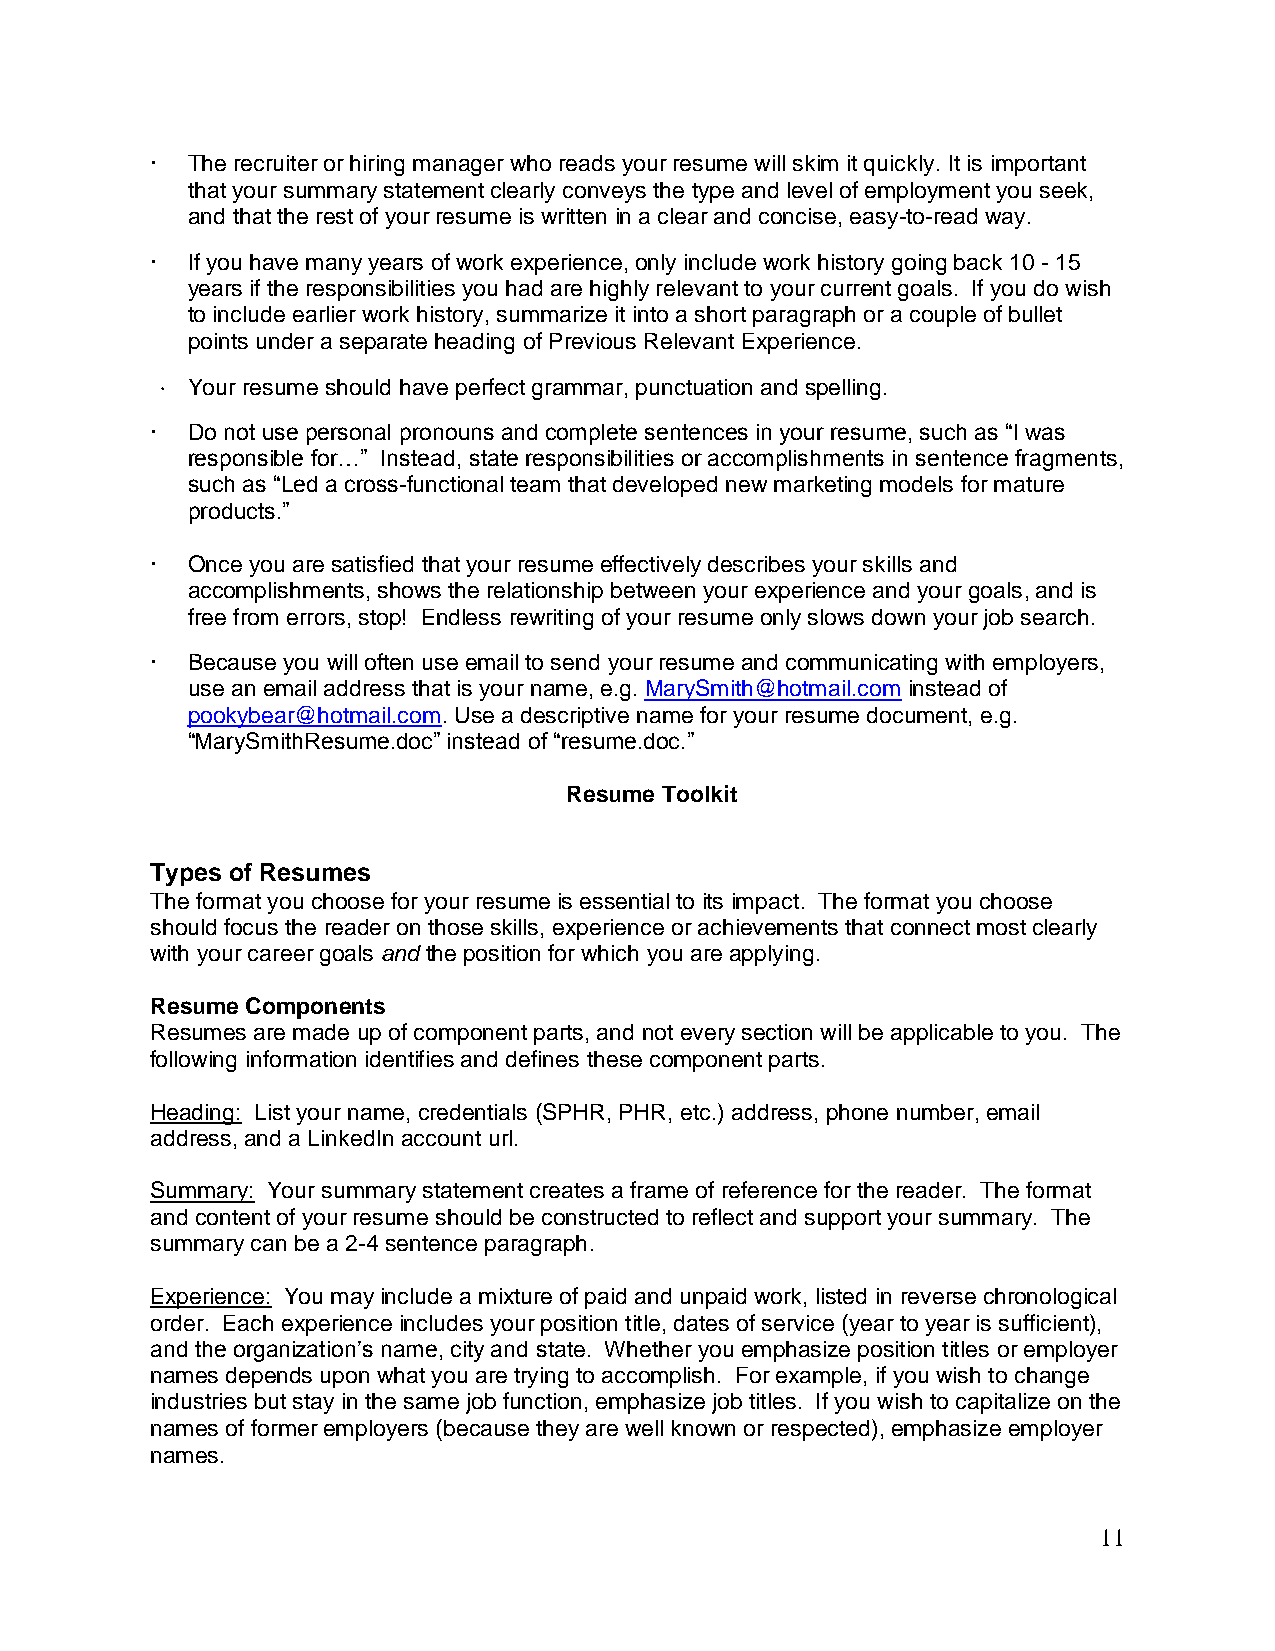
 The recruiter or hiring manager who reads your resume will skim it quickly. It is important
 that your summary statement clearly conveys the type and level of employment you seek,
 and that the rest of your resume is written in a clear and concise, easy-to-read way.
  If you have many years of work experience, only include work history going back 10 - 15
 years if the responsibilities you had are highly relevant to your current goals. If you do wish
 to include earlier work history, summarize it into a short paragraph or a couple of bullet
 points under a separate heading of Previous Relevant Experience.
  Your resume should have perfect grammar, punctuation and spelling.
  Do not use personal pronouns and complete sentences in your resume, such as “I was
 responsible for…” Instead, state responsibilities or accomplishments in sentence fragments,
 such as “Led a cross-functional team that developed new marketing models for mature
 products.”
  Once you are satisfied that your resume effectively describes your skills and
 accomplishments, shows the relationship between your experience and your goals, and is
 free from errors, stop! Endless rewriting of your resume only slows down your job search.
  Because you will often use email to send your resume and communicating with employers,
 use an email address that is your name, e.g. MarySmith@hotmail.com instead of
 pookybear@hotmail.com. Use a descriptive name for your resume document, e.g.
 “MarySmithResume.doc” instead of “resume.doc.”
 Resume Toolkit
 Types of Resumes
 The format you choose for your resume is essential to its impact. The format you choose
 should focus the reader on those skills, experience or achievements that connect most clearly
 with your career goals and the position for which you are applying.
 Resume Components
 Resumes are made up of component parts, and not every section will be applicable to you. The
 following information identifies and defines these component parts.
 Heading: List your name, credentials (SPHR, PHR, etc.) address, phone number, email
 address, and a LinkedIn account url.
 Summary: Your summary statement creates a frame of reference for the reader. The format
 and content of your resume should be constructed to reflect and support your summary. The
 summary can be a 2-4 sentence paragraph.
 Experience: You may include a mixture of paid and unpaid work, listed in reverse chronological
 order. Each experience includes your position title, dates of service (year to year is sufficient),
 and the organization’s name, city and state. Whether you emphasize position titles or employer
 names depends upon what you are trying to accomplish. For example, if you wish to change
 industries but stay in the same job function, emphasize job titles. If you wish to capitalize on the
 names of former employers (because they are well known or respected), emphasize employer
 names.
 11